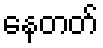
နေတတ်